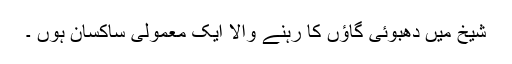
شیخ میں دھبوئی گاؤں کا رہنے والا ایک معمولی ساکسان ہوں ۔